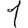
Digit: 1